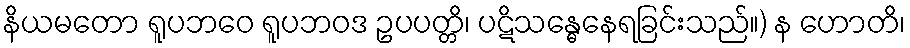
နိယမတော ရူပဘဝေ ရူပဘဝဒ ဥပပတ္တိ၊ ပဋိသန္ဓေနေရခြင်းသည်။) န ဟောတိ၊